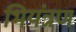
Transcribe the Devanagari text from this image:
भियंत्रण